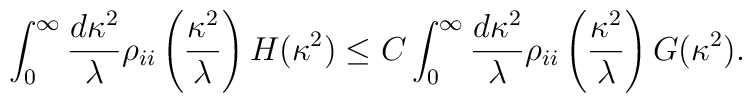
\int_0 ^\infty \frac{d \kappa^2}{\lambda} \rho_{ii}\left( \frac{\kappa^2}{\lambda} \right)H(\kappa^2) \leq C \int_0 ^\infty \frac{d\kappa^2}{\lambda} \rho_{ii}\left(\frac{\kappa^2}{\lambda}\right) G(\kappa^2).